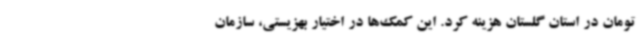
تومان در استان گلستان هزینه کرد. این کمک‌ها در اختیار بهزیستی، سازمان